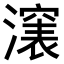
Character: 𣿵